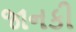
જાનકી